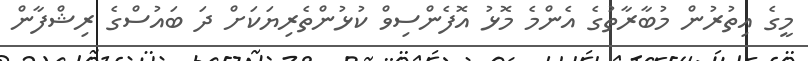
މީގެ އިތުރުން މުބާރާތުގެ އެންމެ މޮޅު އޮފެންސިވް ކުޅުންތެރިޔަކަށް ދަ ބައުސްގެ ރިޝްފާން